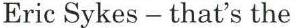
Eric Sykes - that's the